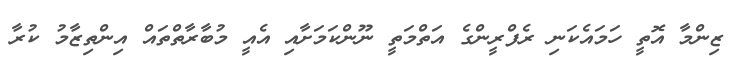
ޒިންމާ އޮތީ ހަމައެކަނި ރެފްރީންގެ އަތްމަތީ ނޫންކަމަށާއި އެއީ މުބާރާތްތައް އިންތިޒާމު ކުރާ